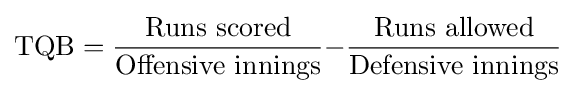
{\text{TQB}}={\frac {\text{Runs scored}}{\text{Offensive innings}}}{-}{\frac {\text{Runs allowed}}{\text{Defensive innings}}}